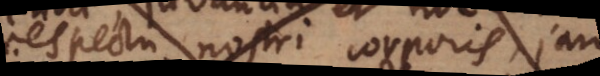
respectu nostri corporis, jam